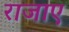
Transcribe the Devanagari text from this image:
राजाए